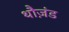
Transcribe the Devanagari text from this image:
थौज़ंड